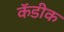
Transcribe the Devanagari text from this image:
कॅडीक